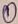
Text: 1